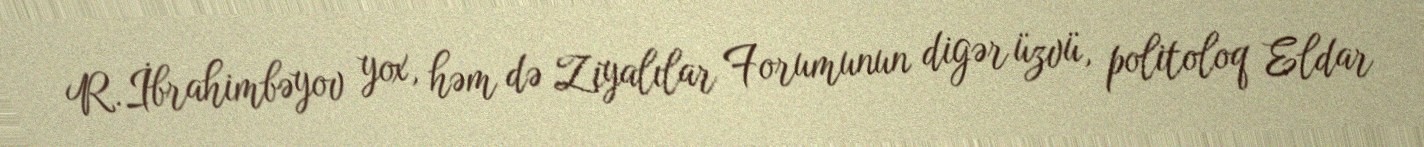
R.İbrahimbəyov yox, həm də Ziyalılar Forumunun digər üzvü, politoloq Eldar